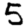
Digit: 5